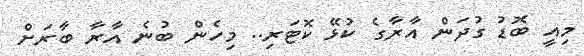
މިއީ ބޮޑު ގުދަން އާރާގެ ކުޅޭ ކޮޓަރި.. މިހެން ބުނެ އާރާ ބާރަށް